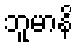
ဘူမာနိ